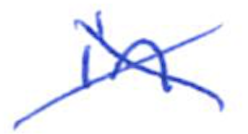
Text: in
Cross-out: cross
Writing tool: ballpoint